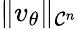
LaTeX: \| v_{\theta}\| _{\mathcal{C}^{n}}